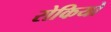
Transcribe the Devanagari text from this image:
रोकियो